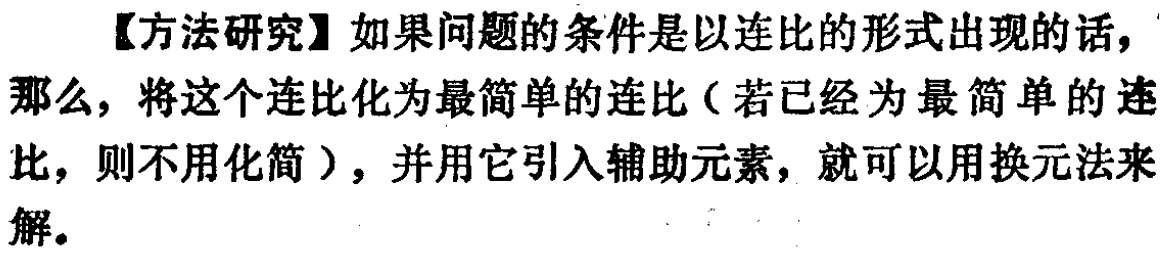
【方法研究】如果问题的条件是以连比的形式出现的话，那么，将这个连比化为最简单的连比（若已经为最简单的连比，则不用化简），并用它引入辅助元素，就可以用换元法来解。